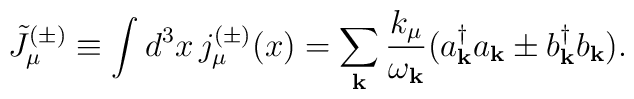
\tilde{J}^{(\pm)}_{\mu}\equiv \int d^3x \, j^{(\pm)}_{\mu}(x)=\sum_{{\bf k}}\frac{k_{\mu}}{\omega_{{\bf k}}} (a^{\dagger}_{{\bf k}}a_{{\bf k}} \pm b^{\dagger}_{{\bf k}} b_{{\bf k}}).